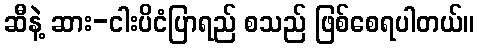
ဆီနဲ့ ဆား-ငါးပိငံပြာရည် စသည် ဖြစ်စေရပါတယ်။